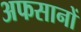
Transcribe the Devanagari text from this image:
अफसानों